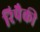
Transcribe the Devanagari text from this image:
रिपैकी